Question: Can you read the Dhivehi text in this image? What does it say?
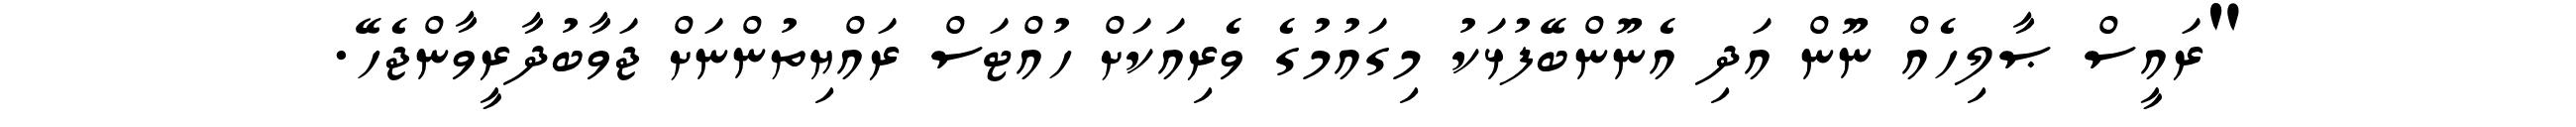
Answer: "ރައީސް ޞާލިހެއް ނޫން އަދި އެނޫންބޭފުޅަކު މިގައުމުގެ ވެރިއަކަށް ހުއްޓަސް ރައްޔިތުންނަށް ޖަވާބުދާރީވާންޖެހޭ.